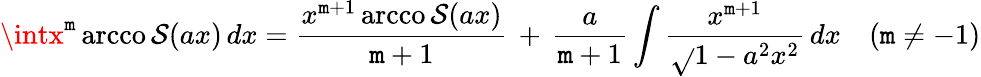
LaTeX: \intx^{\mathtt{m}}\operatorname{arcco\mathcal{S}}(ax)\, dx={\frac{{x^{\mathtt{m}+1}\operatorname{arcco\mathcal{S}}(ax)}}{{\mathtt{m}+1}}}\, +\, {\frac{{a}}{{\mathtt{m}+1}}}\int{\frac{{x^{\mathtt{m}+1}}}{{\sqrt{}{{1-a^{2}x^{2}}}}}}\, dx\quad(\mathtt{m}\neq-1)